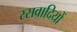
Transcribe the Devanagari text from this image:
रसवादियों